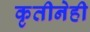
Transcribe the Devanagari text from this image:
कृतीनेही